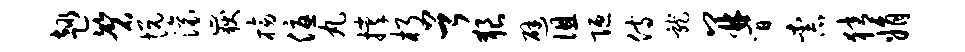
趣磬悦滚岳榜优丸撑朽首狼避徂陋侍龙并间柰猜娟